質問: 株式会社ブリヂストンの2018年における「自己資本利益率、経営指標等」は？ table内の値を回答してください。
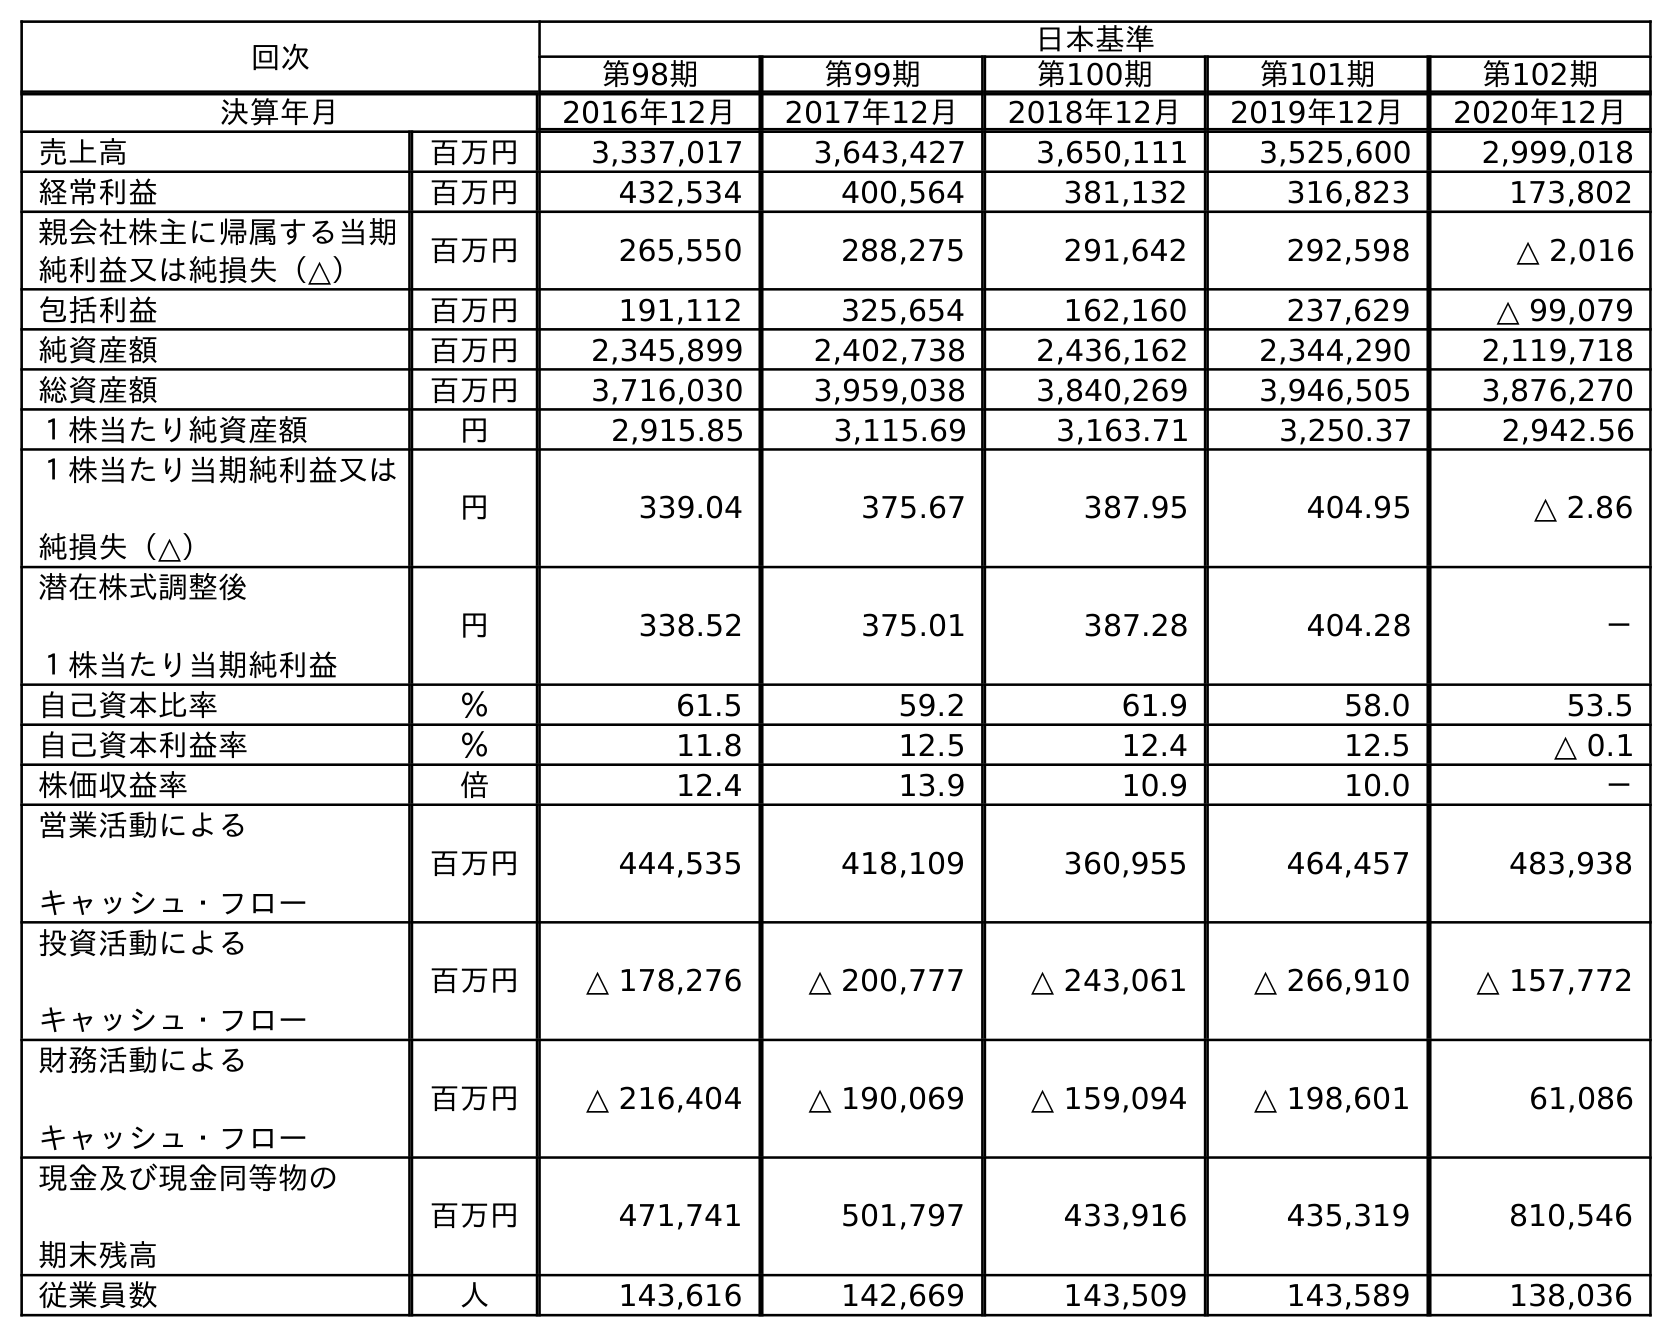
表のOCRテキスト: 回次 日本基準 第98期 第99期 第100期 第101期 第102期 決算年月 2016年12月 2017年12月 2018年12月 2019年12月 2020年12月 売上高 百万円 3,337,017 3,643,427 3,650,111 3,525,600 2,999,018 経常利益 百万円 432,534 400,564 381,132 316,823 173,802 親会社株主に帰属する当期 純利益又は純損失（△） 百万円 265,550 288,275 291,642 292,598 △ 2,016 包括利益 百万円 191,112 325,654 162,160 237,629 △ 99,079 純資産額 百万円 2,345,899 2,402,738 2,436,162 2,344,290 2,119,718 総資産額 百万円 3,716,030 3,959,038 3,840,269 3,946,505 3,876,270 １株当たり純資産額 円 2,915.85 3,115.69 3,163.71 3,250.37 2,942.56 １株当たり当期純利益又は 純損失（△） 円 339.04 375.67 387.95 404.95 △ 2.86 潜在株式調整後 １株当たり当期純利益 円 338.52 375.01 387.28 404.28 － 自己資本比率 ％ 61.5 59.2 61.9 58.0 53.5 自己資本利益率 ％ 11.8 12.5 12.4 12.5 △ 0.1 株価収益率 倍 12.4 13.9 10.9 10.0 － 営業活動による キャッシュ・フロー 百万円 444,535 418,109 360,955 464,457 483,938 投資活動による キャッシュ・フロー 百万円 △ 178,276 △ 200,777 △ 243,061 △ 266,910 △ 157,772 財務活動による キャッシュ・フロー 百万円 △ 216,404 △ 190,069 △ 159,094 △ 198,601 61,086 現金及び現金同等物の 期末残高 百万円 471,741 501,797 433,916 435,319 810,546 従業員数 人 143,616 142,669 143,509 143,589 138,036
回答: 12.4